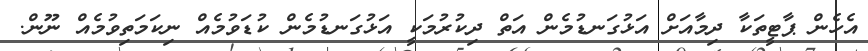
އެހެން ޕާޓީތަކާ ދިމާއަށް އަޅުގަނޑުމެން އަތް ދިކުރުމަކީ އަޅުގަނޑުމެން ކުޑަވުމެއް ނިކަމަތިވުމެއް ނޫން.